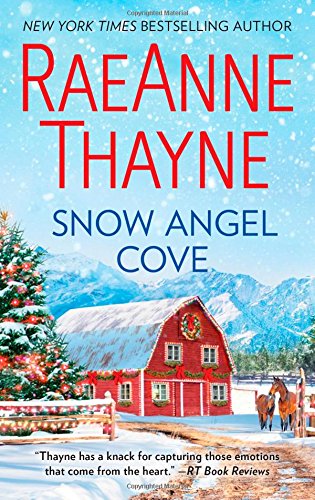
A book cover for Snow Angel Cove (Haven Point); RaeAnne Thayne; Romance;